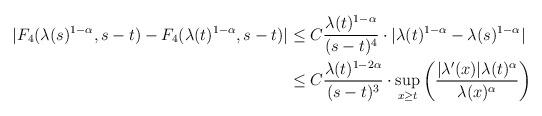
LaTeX: \begin{align*}|F_{4}(\lambda(s)^{1-\alpha},s-t)-F_{4}(\lambda(t)^{1-\alpha},s-t)| &\leq C \frac{\lambda(t)^{1-\alpha}}{(s-t)^{4}} \cdot |\lambda(t)^{1-\alpha}-\lambda(s)^{1-\alpha}|\\&\leq C \frac{\lambda(t)^{1-2\alpha}}{(s-t)^{3}} \cdot \sup_{x \geq t}\left(\frac{|\lambda'(x)| \lambda(t)^{\alpha}}{\lambda(x)^{\alpha}}\right)\end{align*}